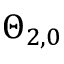
\Theta _ { 2 , 0 }